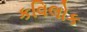
કવિલોક